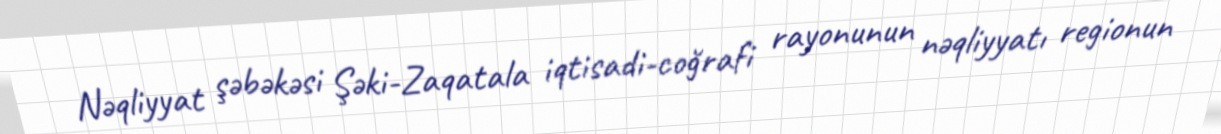
Nəqliyyat şəbəkəsi Şəki-Zaqatala iqtisadi-coğrafi rayonunun nəqliyyatı regionun